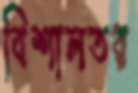
বিশালতর